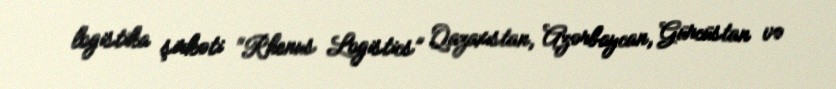
logistika şirkəti “Rhenus Logistics” Qazaxıstan, Azərbaycan, Gürcüstan və